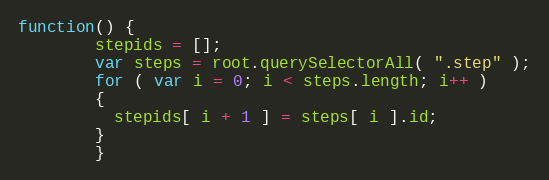
Language: JavaScript
function() {
        stepids = [];
        var steps = root.querySelectorAll( ".step" );
        for ( var i = 0; i < steps.length; i++ )
        {
          stepids[ i + 1 ] = steps[ i ].id;
        }
        }